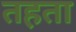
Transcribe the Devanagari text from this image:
तहता